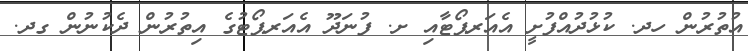
އުތުރުން ހދ. ކުޅުދުއްފުށީ އެއަރޕޯޓާއި ށ. ފުނަދޫ އެއަރޕޯޓުގެ އިތުރުން ދެކުނުން ގދ.